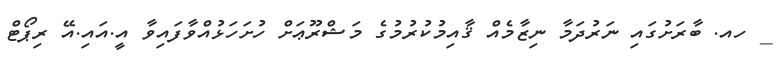
_ ހއ. ބާރަށުގައި ނަރުދަމާ ނިޒާމެއް ޤާއިމުކުރުމުގެ މަޝްރޫޢަށް ހުށަހަޅުއްވާފައިވާ އީ.އައި.އޭ ރިޕޯޓް